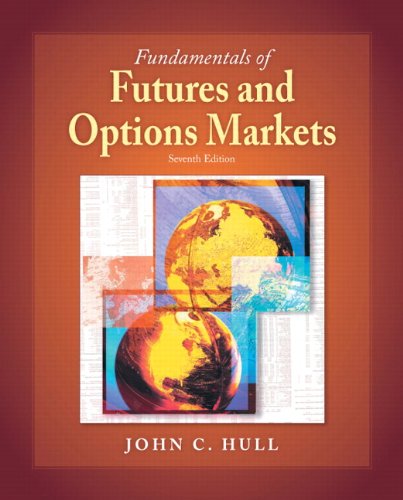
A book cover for Fundamentals of Futures and Options Markets (7th Edition); John C. Hull; Business & Money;